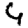
Digit: 4